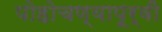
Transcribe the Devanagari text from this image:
पोहोचण्यापूर्वी